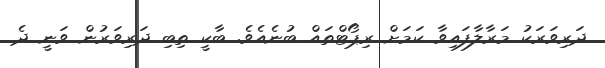
ދަރިވަރަކު މަރާލާފައިވާ ކަމަށް ރިޕޯޓްތައް ބުނެއެވެ. ބާކީ ތިބި ދަރިވަރުން ވަނީ ދެ